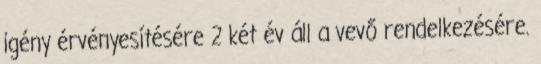
igény érvényesítésére 2 két év áll a vevő rendelkezésére.